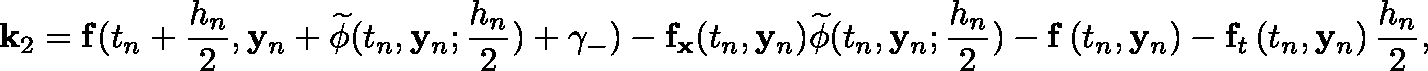
\mathbf { k } _ { 2 } = \mathbf { f } ( t _ { n } + { \frac { h _ { n } } { 2 } } , \mathbf { y } _ { n } + { \widetilde { \mathbf { \phi } } } ( t _ { n } , \mathbf { y } _ { n } ; { \frac { h _ { n } } { 2 } } ) + \gamma _ { - } ) - \mathbf { f } _ { \mathbf { x } } ( t _ { n } , \mathbf { y } _ { n } ) { \widetilde { \mathbf { \phi } } } ( t _ { n } , \mathbf { y } _ { n } ; { \frac { h _ { n } } { 2 } } ) - \mathbf { f } \left( t _ { n } , \mathbf { y } _ { n } \right) - \mathbf { f } _ { t } \left( t _ { n } , \mathbf { y } _ { n } \right) { \frac { h _ { n } } { 2 } } ,